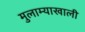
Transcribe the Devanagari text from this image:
मुलाम्याखाली